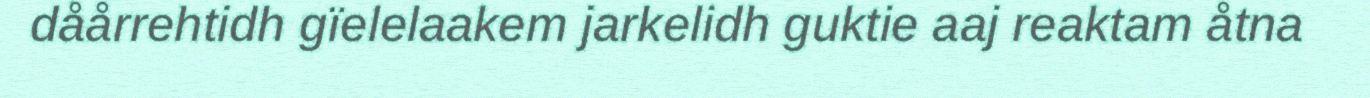
dåårrehtidh gïelelaakem jarkelidh guktie aaj reaktam åtna